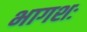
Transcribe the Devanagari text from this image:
भागशः